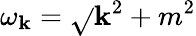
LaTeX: \omega_{\mathbf{k}}={\sqrt{}{{\mathbf{k}^{2}+m^{2}}}}